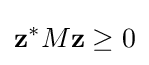
\mathbf {z} ^{*}M\mathbf {z} \geq 0